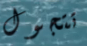
تتجول